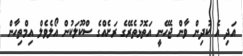
އަދި އެ ކުދިން ވާން ޖެހޭނީ އަތޮޅުތެރޭގެ ރަށެއްގެ ސްކޫލަކުން އޯލެވެލް އިމްތިހާން